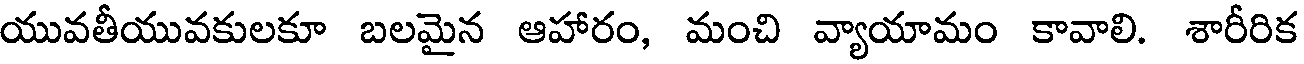
యువతీయువకులకూ బలమైన ఆహారం, మంచి వ్యాయామం కావాలి. శారీరిక